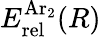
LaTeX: E_{\mathrm{rel}}^{\mathrm{Ar}_{2}}(R)